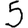
Digit: 5